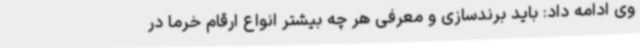
وی ادامه داد: باید برندسازی و معرفی هر چه بیشتر انواع ارقام خرما در